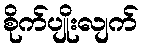
စိုက်ပျိုးလျက်